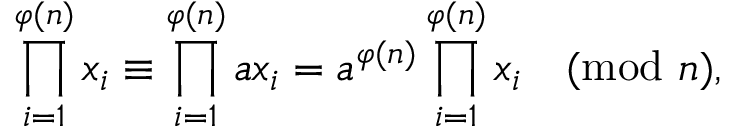
\prod _ { i = 1 } ^ { \varphi ( n ) } x _ { i } \equiv \prod _ { i = 1 } ^ { \varphi ( n ) } a x _ { i } = a ^ { \varphi ( n ) } \prod _ { i = 1 } ^ { \varphi ( n ) } x _ { i } { \pmod { n } } ,